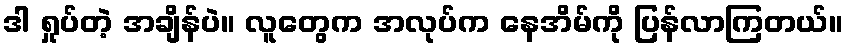
ဒါ ရှုပ်တဲ့ အချိန်ပဲ။ လူတွေက အလုပ်က နေအိမ်ကို ပြန်လာကြတယ်။